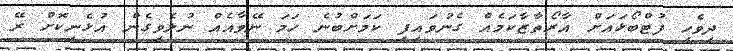
ދިވެހި ފުޓްބޯޅައަށް އާރޯތާޒާކަމެއް ގެނުވައިފި ކަމަށްބުނެ ހަމަ ނޭވާއެއް ނުލެވިގެން އުޅެނިކޮށް ރޭ